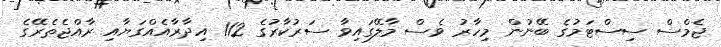
ޖެމްސް ސިސްޓަމުގެ ބޭނުން މިހާރު ވެސް މާލޭގައިވާ ސަރުކާރުގެ 112 އިދާރާއެއްގަޔާއި ރާއްޖެތެރޭގެ